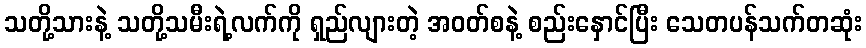
သတို့သားနဲ့ သတို့သမီးရဲ့လက်ကို ရှည်လျားတဲ့ အဝတ်စနဲ့ စည်းနှောင်ပြီး သေတပန်သက်တဆုံး